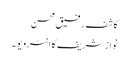
کاشف رفیق محسن
نواز شریف کا انٹرویو ۔